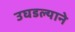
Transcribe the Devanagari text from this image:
उघडल्याने